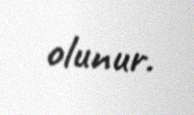
olunur.